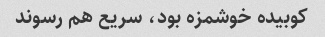
کوبیده خوشمزه بود، سریع هم رسوند